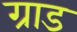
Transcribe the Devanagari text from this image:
ग्राड